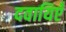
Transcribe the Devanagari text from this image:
दवायिएँ